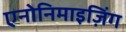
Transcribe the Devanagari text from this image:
एनोनिमाइज़िंग